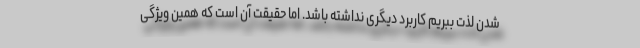
شدن لذت ببریم کاربرد دیگری نداشته باشد. اما حقیقت آن است که همین ویژگی